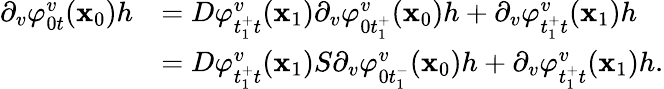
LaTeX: \begin{array}{rl}{\partial_{v}\varphi_{0t}^{v}(\textbf{x}_{0})h}&{=D\varphi_{t_{1}^{+}t}^{v}(\textbf{x}_{1})\partial_{v}\varphi_{0t_{1}^{+}}^{v}(\textbf{x}_{0})h+\partial_{v}\varphi_{t_{1}^{+}t}^{v}(\textbf{x}_{1})h}\\ &{=D\varphi_{t_{1}^{+}t}^{v}(\textbf{x}_{1})S\partial_{v}\varphi_{0t_{1}^{-}}^{v}(\textbf{x}_{0})h+\partial_{v}\varphi_{t_{1}^{+}t}^{v}(\textbf{x}_{1})h.}\end{array}